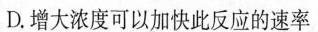
D.增大浓度可以加快此反应的速率